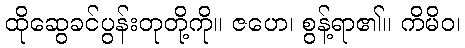
ထိုဆွေခင်ပွန်းတုတို့ကို။ ဇဟေ၊ စွန့်ရာ၏။ ကိမိဝ၊